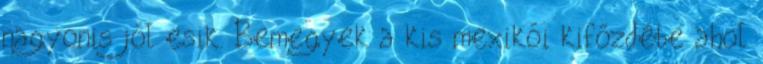
nagyonis jól esik. Bemegyek a kis mexikói kifőzdébe ahol